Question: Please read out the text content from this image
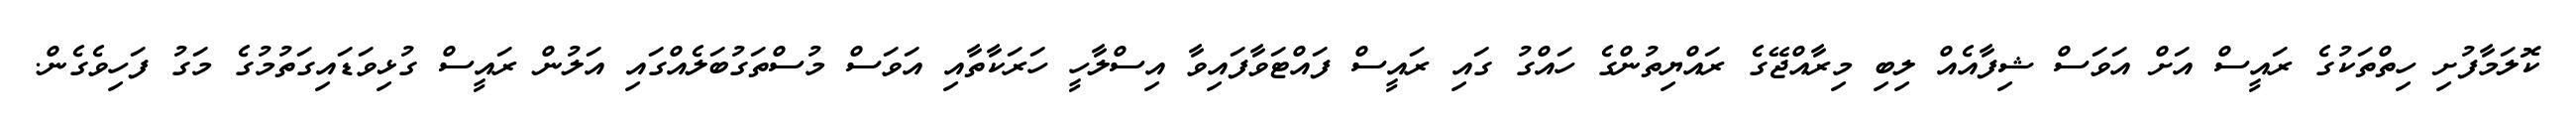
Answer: ކޮލަމާފުށި ހިތްތަކުގެ ރައީސް އަށް އަވަސް ޝިފާއެއް ލިބި މިރާއްޖޭގެ ރައްޔިތުންގެ ހައްގު ގައި ރައީސް ފައްޓަވާފައިވާ އިސްލާހީ ހަރަކާތާއި އަވަސް މުސްތަގުބަލެއްގައި އަލުން ރައީސް ގުޅިވަޑައިގަތުމުގެ މަގު ފަހިވެގެން.